Cholera in India, 1862 to 1881
Year: 1862
Disease focus: Cholera
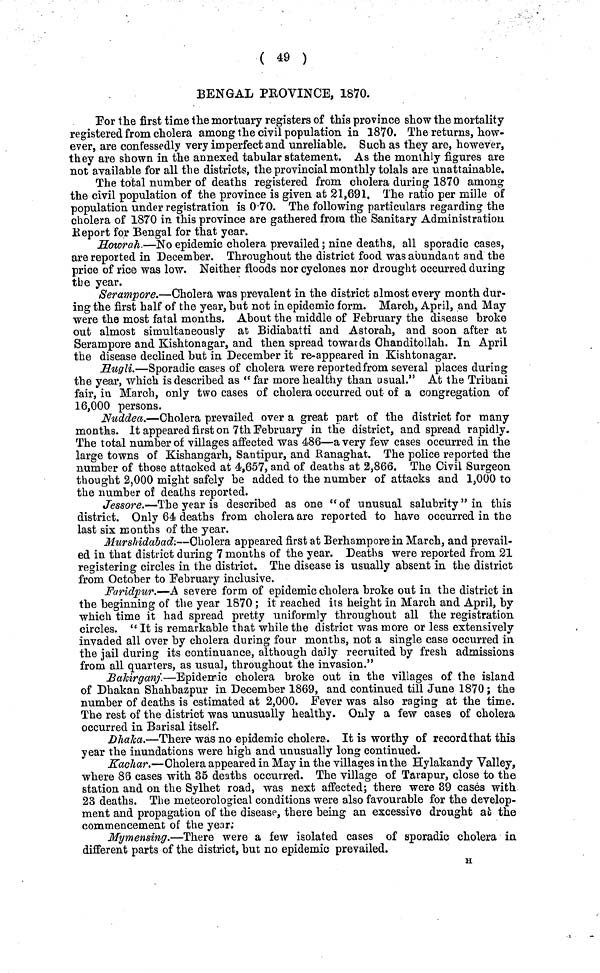
( 49 )
BENGAL PROVINCE, 1870.
For the first time the mortuary registers of this province show the mortality
registered from cholera among the civil population in 1870. The returns, how-
ever, are confessedly very imperfect and unreliable. Such as they are, however,
they are shown in the annexed tabular statement. As the monthly figures are
not available for all the districts, the provincial monthly tolals are unattainable.
The total number of deaths registered from cholera during 1870 among
the civil population of the province is given at 21,691. The ratio per mille of
population under registration is 0·70. The following particulars regarding the
cholera of 1870 in this province are gathered from the Sanitary Administration
Report for Bengal for that year.
Hawrah—No epidemic cholera prevailed; nine deaths, all sporadic cases,
are reported in December. Throughout the district food was aoundant and the
price of rice was low. Neither floods nor cyclones nor drought occurred during
the year.
Serampore.—Cholera was prevalent in the district almost every month dur-
ing the first half of the year, hut not in epidemic form. March, April, and May
were the most fatal months. About the middle of February the disease broke
out almost simultaneously at Bidiabatti and Astorah, and soon after at
Serampore and Kishtonagar, and then spread towards Chanditollah. In April
the disease declined but in December it re-appeared in Kishtonagar.
Hugli.—Sporadic cases of cholera were reported from several places during
the year, which is described as " far more healthy than usual." At the Tribani
fair, in March, only two cases of cholera occurred out of a congregation of
16,000 persons.
Nuddea.—Cholera prevailed over a great part of the district for many
months. It appeared first on 7th February in the district, and spread rapidly.
The total number of villages affected was 486—a very few cases occurred in the
large towns of Kishangarh, Santipur, and Ranaghat. The police reported the
number of those attacked at 4,657, and of deaths at 2,866. The Civil Surgeon
thought 2,000 might safely be added to the number of attacks and 1,000 to
the number of deaths reported.
Jessore,—The year is described as one " of unusual salubrity" in this
district. Only 64 deaths from cholera are reported to have occurred in the
last six months of the year.
Murshidabad.—Cholera appeared first at Berhampore in March, and prevail-
ed in that district during 7 months of the year. Deaths were reported from 21
registering circles in the district. The disease is usually absent in the district
from October to February inclusive.
Faridpur.—A severe form of epidemic cholera broke out in the district in
the beginning of the year 1870 ; it reached its height in March and April, by
which time it had spread pretty uniformly throughout all the registration
circles. " It is remarkable that while the district was more or less extensively
invaded all over by cholera during four months, not a single case occurred in
the jail during its continuance, although daily recruited by fresh admissions
from all quarters, as usual, throughout the invasion."
Bakirganj,—Epidermic cholera broke out in the villages of the island
of Dhakan Shahbazpur in December 1869, and continued till June 1870; the
number of deaths is estimated at 2,000. Fever was also raging at the time.
The rest of the district was unusually healthy. Only a few cases of cholera
occurred in Barisal itself.
Dhaka.—There was no epidemic cholera. It is worthy of record that this
year the inundations were high and unusually long continued.
Kachar.—Cholera appeared in May in the villages in the Hylakandy Valley,
where 85 cases with 35 deaths occurred. The village of Tarapur, close to the
station and on the Sylhet road, was next affected; there were 39 cases with
23 deaths. The meteorological conditions were also favourable for the develop-
ment and propagation of the disease, there being an excessive drought at the
commencement of the year:
Mymensing.—There were a few isolated cases of sporadic cholera in
different parts of the district, but no epidemic prevailed.
H